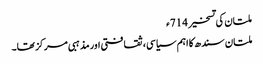
ملتان کی تسخیر 714ء
ملتان سندھ کا اہم سیاسی، ثقافتی اور مذہبی مرکز تھا۔